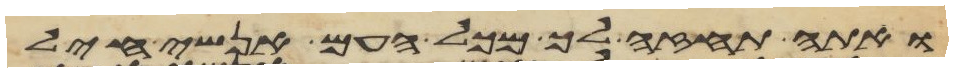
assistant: ואתה תחזה לך מכל העם אנשי חיל